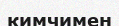
кимчимен